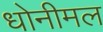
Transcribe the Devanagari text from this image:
धोनीमल